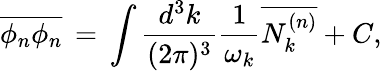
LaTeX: \overline{{{\phi_{n}\phi_{n}}}}\, =\, \int\frac{d^{3}k}{(2\pi)^{3}}\frac{1}{\omega_{k}}\overline{{{N_{k}^{(n)}}}}+C,